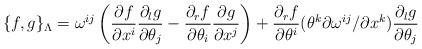
LaTeX: \begin{align*} \{f,g\}_{\Lambda}= \omega^{ij}\left(\frac{\partial f}{\partial x^i}\frac{\partial _lg}{\partial \theta _j}-\frac{\partial _rf}{\partial \theta _i}\frac{\partial g}{\partial x^j}\right)+ \frac{\partial_r f}{\partial \theta^i}(\theta ^k{\partial \omega ^{ij}}/{\partial x^k})\frac{\partial _lg}{\partial \theta _j}\end{align*}